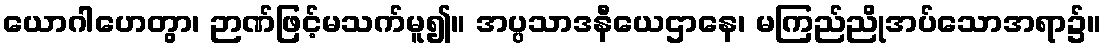
ယောဂါဟေတွာ၊ ဉာဏ်ဖြင့်မသက်မူ၍။ အပ္ပသာဒနီယေဌာနေ၊ မကြည်ညိုအပ်သောအရာ၌။